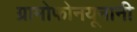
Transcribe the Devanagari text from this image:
ग्रामोफोनयूनानी